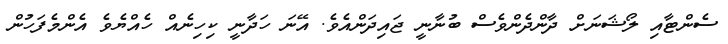
ސެންޓާއި ލޯޝަނަށް ދާންދެންވެސް ބުނާނީ ޖައިދަންއެވެ. އޭނަ ހަދާނީ ކިހިނެއް ހެއްޔެވެ އެންމެފަހުން